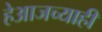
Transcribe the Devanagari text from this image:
हेआजच्याही